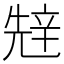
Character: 𰺧